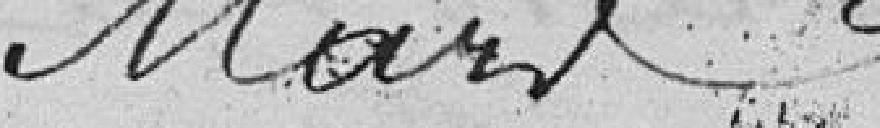
Mars